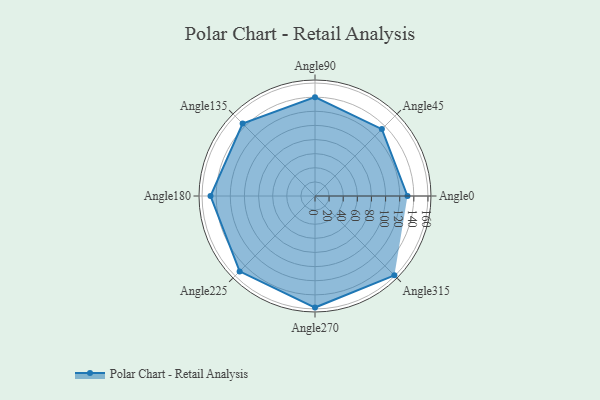
{"axis": {"x": "Angle", "y": "Radius"}, "legend": [""], "data": [{"x": "Angle0", "y": 131.0, "type": ""}, {"x": "Angle45", "y": 134.0, "type": ""}, {"x": "Angle90", "y": 140.0, "type": ""}, {"x": "Angle135", "y": 145.0, "type": ""}, {"x": "Angle180", "y": 148.0, "type": ""}, {"x": "Angle225", "y": 151.0, "type": ""}, {"x": "Angle270", "y": 158.0, "type": ""}, {"x": "Angle315", "y": 159.0, "type": ""}]}